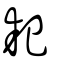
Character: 耜